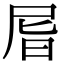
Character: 㞓